Civil Veterinary Department Bihar & Orissa reports 1929-36 - 1929-1936
Year: 1929
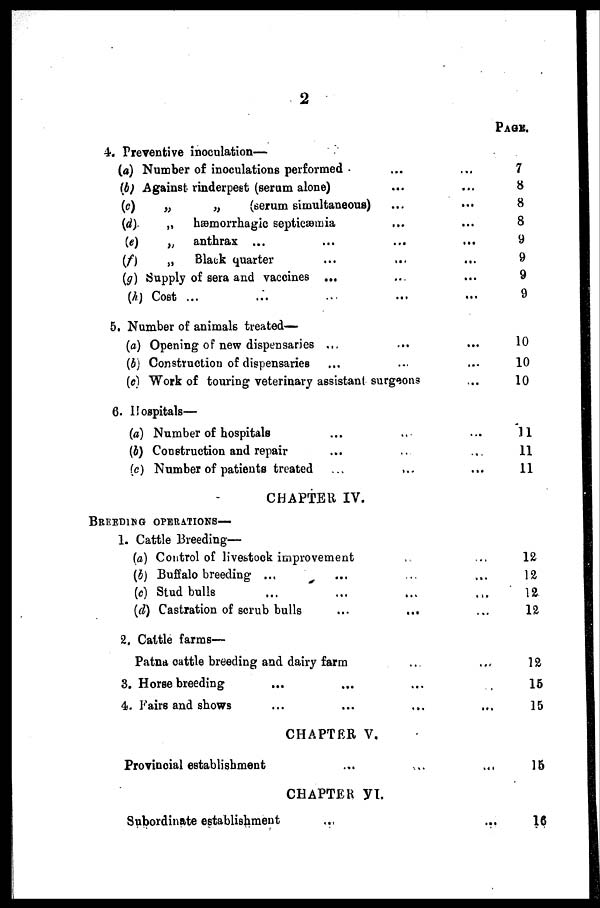
2
4. Preventive inoculation—
(a) Number of inoculations performed ... ...
(b) Against rinderpeet (serum alone) ... ...
(c)
„
„
(serum simultaneous) ... ...
(d)
„
hæmorrhagic septicæmia ... ...
(e)
„
anthrax ... ... ... ...
(f)
„
Black quarter ... ... ...
(g) Supply of sera and vaceines ... ... ...
(h) Cost ... ... ...
5. Number of animals treated—
(a) Opening of new dispensaries ... ... ...
(b) Construction of dispensaries ... ... ...
(c) Work of touring veterinary assistant surgeons ...
6. Hospitals—
(a) Number of hospitals ... ... ...
(b) Construction and repair ... ... ...
(c) Number of patients treated ... ... ...
CHAPTER IV.
BREEDING
OPERATIONS—
1. Cattle Breeding—
(a) Control of livestock improvement ...
(b) Buffalo breeding ... ... ... ...
(c) Stud bulls ... ... ... ...
(d) Castration of scrub bulls ... ... ...
2. Cattle farms—
Patna cattle breeding and dairy farm ... ...
3. Horse breeding ... ... ...
4. Fairs and shows ... ... ... ...
CHAPTER V.
Provincial establishment ... ... ...
CHAPTER VI.
Subordinate establishment ... ...
PAGE.
7
8
8
8
9
9
9
9
10
10
10
11
11
11
12
12
12
12
12
15
15
15
16